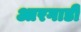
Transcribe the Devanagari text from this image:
आरगाडी